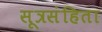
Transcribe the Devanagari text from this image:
सूत्रसंहिता